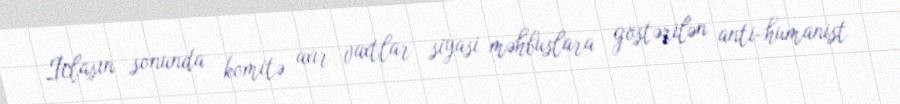
İclasın sonunda komitə axır vaxtlar siyasi məhbuslara göstərilən anti-humanist